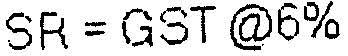
SR = GST @6%